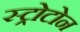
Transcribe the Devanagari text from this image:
स्ट्रोटोन